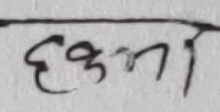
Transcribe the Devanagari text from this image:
हकृणा